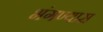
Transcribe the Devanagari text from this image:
भंगण्यास